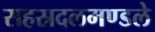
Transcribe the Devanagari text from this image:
सहस्रदलमण्डले